Report of the Indian Hemp Drugs Commission, 1894-1895 - Volume VIII
Year: 1894
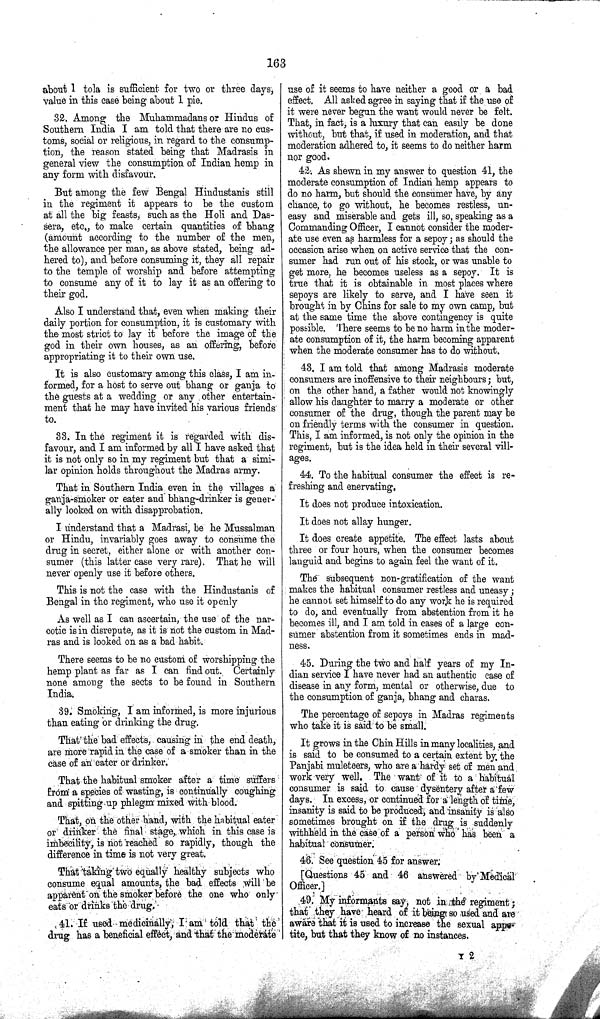
163
about 1 tola is sufficient for two or three days,
value in this case being about 1 pie.
32. Among the Muhammadans or Hindus of
Southern India I am told that there are no cus¬
toms, social or religious, in regard to the consump¬
tion, the reason stated being that Madrasis in
general view the consumption of Indian hemp in
any form with disfavour.
But among the few Bengal Hindustanis still
in the regiment it appears to be the custom
at all the big feasts, such as the Holi and Das-
sera, etc., to make certain quantities of bhang
(amount according to the number of the men,
the allowance per man, as above stated, being ad¬
hered to), and before consuming it, they all repair
to the temple of worship and before attempting
to consume any of it to lay it as an offering to
their god.
Also I understand that, even when making their
daily portion for consumption, it is customary with
the most strict to lay it before the image of the
god in their own houses, as an offering, before
appropriating it to their own use.
It is also customary among this class, I am in¬
formed, for a host to serve out bhang or ganja to
the guests at a wedding or any other entertain¬
ment that he may have invited his various friends
to.
33. In the regiment it is regarded with dis¬
favour, and I am informed by all I have asked that
it is not only so in my regiment but that a simi¬
lar opinion holds throughout the Madras army.
That in Southern India even in the villages a
ganja-smoker or eater and bhang-drinker is gener¬
ally looked on with disapprobation.
I understand that a Madrasi, be he Mussalman
or Hindu, invariably goes away to consume the
drug in secret, either alone or with another con¬
sumer (this latter case very rare). That he will
never openly use it before others.
This is not the case with the Hindustanis of
Bengal in the regiment, who use it openly
As well as I can ascertain, the use of the nar¬
cotic is in disrepute, as it is not the custom in Mad¬
ras and is looked on as a bad habit.
There seems to be no custom of worshipping the
hemp plant as far as I can find out. Certainly
none among the sects to be found in Southern
India.
39. Smoking, I am informed, is more injurious
than eating or drinking the drug.
That the bad effects, causing in the end death,
are more rapid in the case of a smoker than in the
case of an eater or drinker.
That the habitual smoker after a time suffers
from a species of wasting, is continually coughing
and spitting up phlegm mixed with blood.
That, on the other hand, with the habitual eater
or drinker the final stage, which in this case is
imbecility, is not reached so rapidly, though the
difference in time is not very great.
That taking two equally healthy subjects who
consume equal amounts, the bad effects will be
apparent on the smoker before the one who only
eats or drinks the drug.
41. If used medicinally, I am told that the
drug has a beneficial effect, and that the moderate
use of it seems to have neither a good or a bad
effect. All asked agree in saying that if the use of
it were never begun the want would never be felt.
That, in fact, is a luxury that can easily be done
without, but that, if used in moderation, and that
moderation adhered to, it seems to do neither harm
nor good.
42. As shewn in my answer to question 41, the
moderate consumption of Indian hemp appears to
do no harm, but should the consumer have, by any
chance, to go without, he becomes restless, un¬
easy and miserable and gets ill, so, speaking as a
Commanding Officer, I cannot consider the moder¬
ate use even as harmless for a sepoy; as should the
occasion arise when on active service that the con¬
sumer had run out of his stock, or was unable to
get more, he becomes useless as a sepoy. It is
true that it is obtainable in most places where
sepoys are likely to serve, and I have seen it
brought in by Chins for sale to my own camp, but
at the same time the above contingency is quite
possible. There seems to be no harm in the moder¬
ate consumption of it, the harm becoming apparent
when the moderate consumer has to do without.
43. I am told that among Madrasis moderate
consumers are inoffensive to their neighbours; but,
on the other hand, a father would not knowingly
allow his daughter to marry a moderate or other
consumer of the drug, though the parent may be
on friendly terms with the consumer in question.
This, I am informed, is not only the opinion in the
regiment, but is the idea held in their several vill¬
ages.
44. To the habitual consumer the effect is re¬
freshing and enervating.
It does not produce intoxication.
It does not allay hunger.
It does create appetite. The effect lasts about
three or four hours, when the consumer becomes
languid and begins to again feel the want of it.
The subsequent non-gratification of the want
makes the habitual consumer restless and uneasy;
he cannot set himself to do any work he is required
to do, and eventually from abstention from it he
becomes ill, and I am told in cases of a large con¬
sumer abstention from it sometimes ends in mad¬
ness.
45. During the two and half years of my In¬
dian service I have never had an authentic case of
disease in any form, mental or otherwise, due to
the consumption of ganja, bhang and charas.
The percentage of sepoys in Madras regiments
who take it is said to be small.
It grows in the Chin Hills in many localities, and
is said to be consumed to a certain extent by. the
Panjabi muleteers, who are a hardy set of men and
work very well. The want of it to a habitual
consumer is said to cause dysentery after a few
days. In excess, or continued for a length of time,
insanity is said to be produced, and insanity is also
sometimes brought on if the drug is suddenly
withheld in the case of a person who has been a
habitual consumer.
46. See question 45 for answer.
[Questions 45 and 46 answered by Medical
Officer.]
49. My informants say, not in the regiment;
that they have heard of it being so used and are
aware that it is used to increase the sexual appe¬
tite, but that they know of no instances.
Y 2